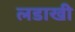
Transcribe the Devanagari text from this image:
लडाखी